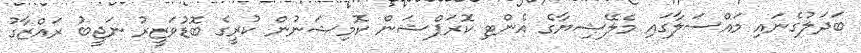
ބަދަލުގެނައި މައްސަލާގައި މެލޭޝިޔާގެ އެންޓި ކޮރަޕްޝަން ކޮމިޝަނުން ކުރީގެ ބޮޑުވަޒީރު ނަޖީބު ރައްޒާގު